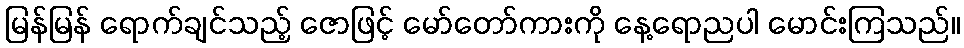
မြန်မြန် ရောက်ချင်သည့် ဇောဖြင့် မော်တော်ကားကို နေ့ရောညပါ မောင်းကြသည်။